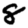
Digit: 8